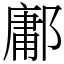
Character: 鄘